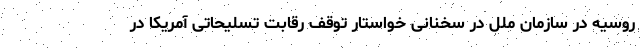
روسیه در سازمان ملل در سخنانی خواستار توقف رقابت تسلیحاتی آمریکا در